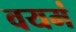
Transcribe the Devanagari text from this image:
वयमं